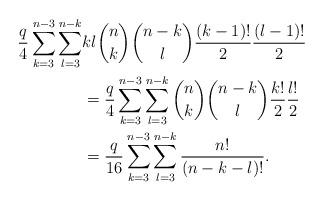
LaTeX: \begin{align*}\frac{q}{4} \sum_{k=3}^{n-3} \sum_{l=3}^{n-k}& kl{n \choose k}{n-k \choose l}\frac{(k-1)!}{2}\frac{(l-1)!}{2}\\&=\frac{q}{4} \sum_{k=3}^{n-3} \sum_{l=3}^{n-k}{n \choose k}{n-k \choose l}\frac{k!}{2}\frac{l!}{2}\\&=\frac{q}{16} \sum_{k=3}^{n-3} \sum_{l=3}^{n-k} \frac{n!}{(n-k-l)!}.\end{align*}